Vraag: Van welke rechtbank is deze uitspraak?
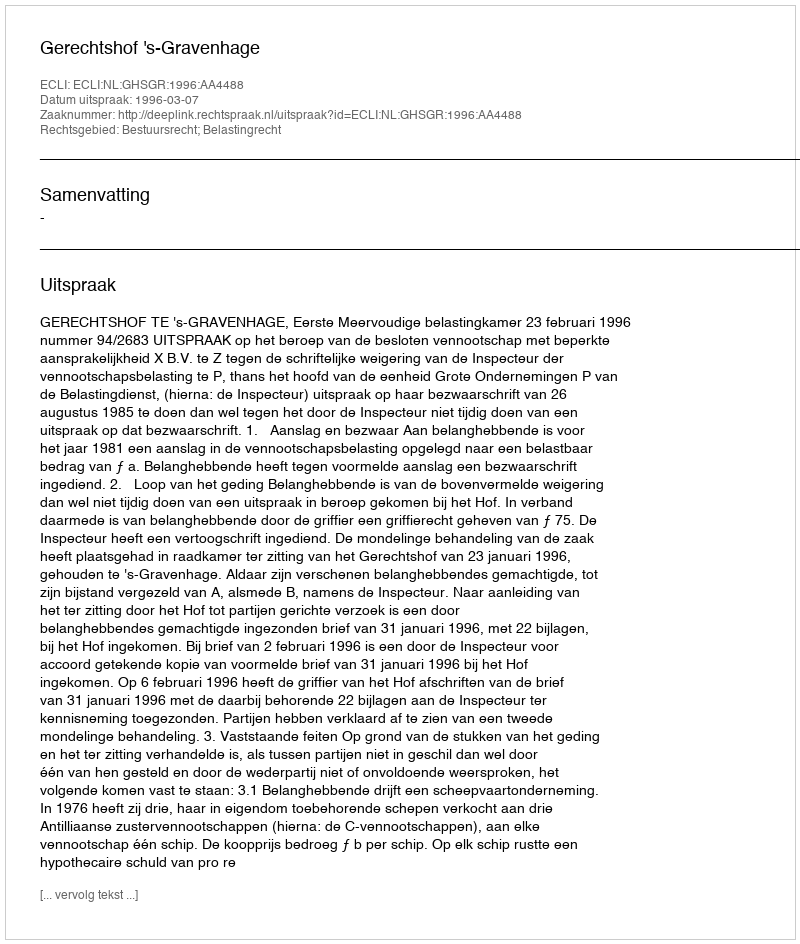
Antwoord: Gerechtshof 's-Gravenhage